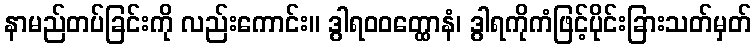
နာမည်တပ်ခြင်းကို လည်းကောင်း။ ဒွါရဝဝတ္ထောနံ၊ ဒွါရကိုကံဖြင့်ပိုင်းခြားသတ်မှတ်